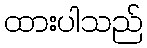
ထားပါသည်